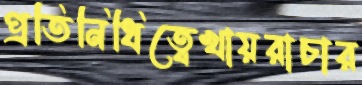
প্রতিনিধিত্বেখায়রাচার